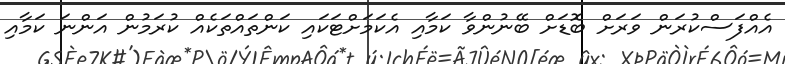
އެއްފަސްކުރަން ވަރަށް ބޮޑަށް ބޭނުންވާ ކަމާއި އެކަމަށްޓަކައި ކަންތައްތަކެއް ކުރަމުން އަންނަ ކަމާއި